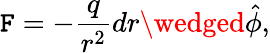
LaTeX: \mathtt{F}=-\frac{{q}}{{r^{2}}}dr\wedged\hat{{\phi}},